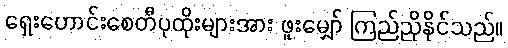
ရှေးဟောင်းစေတီပုထိုးများအား ဖူးမျှော် ကြည်ညိုနိုင်သည်။